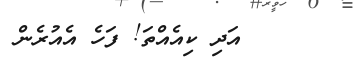
٤١      އަދި ކިއެއްތަ! ފަހެ އެއުރެން